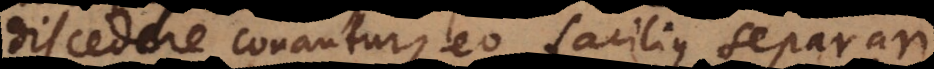
discedere conantur, eo facilius separari.